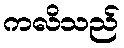
ကလိသည်